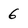
Character: 6